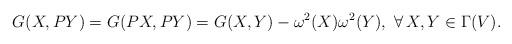
LaTeX: \begin{align*}G(X,PY)=G(PX,PY)=G(X,Y)-\omega^2(X)\omega^2(Y),\,\,\forall\,X,Y\in\Gamma(V).\end{align*}